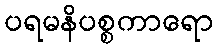
ပရမနိပစ္စကာရော